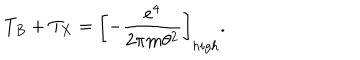
T _ { B } + T _ { X } = \left[ - \frac { e ^ { 4 } } { 2 \pi m \theta ^ { 2 } } \right] _ { h i g h } .